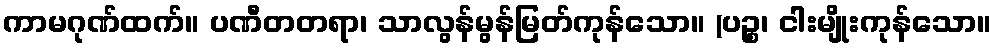
ကာမဂုဏ်ထက်။ ပဏီတတရာ၊ သာလွန်မွန်မြတ်ကုန်သော။ (ပဉ္စ၊ ငါးမျိုးကုန်သော။